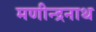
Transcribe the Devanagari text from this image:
मणीन्द्रनाथ